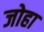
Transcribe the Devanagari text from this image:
जोहा